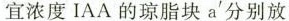
宜浓度IAA的琼脂块a'分别